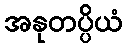
အနုတပ္ပိယံ